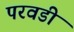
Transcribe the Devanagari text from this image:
परवडी